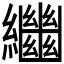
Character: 𦇡